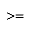
> =